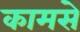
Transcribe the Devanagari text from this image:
कामसे